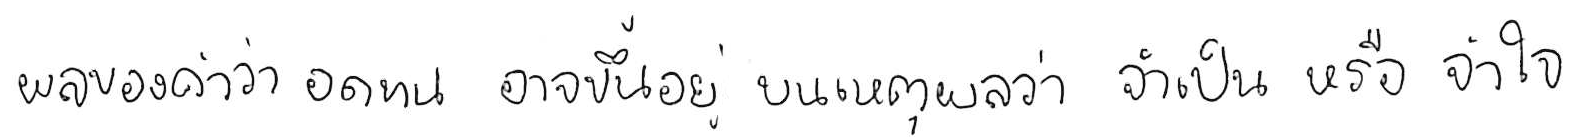
ผลของคำว่า อดทน อาจขึ้นอยู่บนเหตุผลว่า จำเป็น หรือ จำใจ